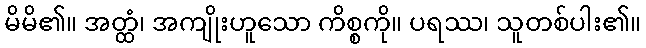
မိမိ၏။ အတ္ထံ၊ အကျိုးဟူသော ကိစ္စကို။ ပရဿ၊ သူတစ်ပါး၏။